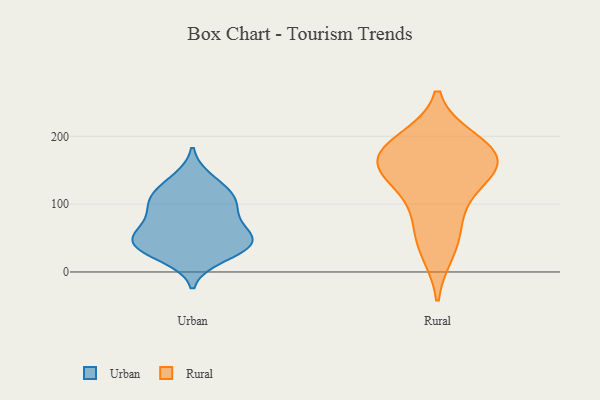
{"axis": {"x": "Population (Million)", "y": "Value"}, "legend": ["Rural", "Urban"], "data": [{"x": "", "y": 40, "type": "Urban"}, {"x": "", "y": 104, "type": "Urban"}, {"x": "", "y": 22, "type": "Urban"}, {"x": "", "y": 121, "type": "Urban"}, {"x": "", "y": 53, "type": "Urban"}, {"x": "", "y": 137, "type": "Urban"}, {"x": "", "y": 42, "type": "Urban"}, {"x": "", "y": 91, "type": "Urban"}, {"x": "", "y": 63, "type": "Urban"}, {"x": "", "y": 36, "type": "Urban"}, {"x": "", "y": 92, "type": "Urban"}, {"x": "", "y": 59, "type": "Urban"}, {"x": "", "y": 37, "type": "Urban"}, {"x": "", "y": 112, "type": "Urban"}, {"x": "", "y": 176, "type": "Rural"}, {"x": "", "y": 31, "type": "Rural"}, {"x": "", "y": 60, "type": "Rural"}, {"x": "", "y": 193, "type": "Rural"}, {"x": "", "y": 150, "type": "Rural"}, {"x": "", "y": 141, "type": "Rural"}, {"x": "", "y": 154, "type": "Rural"}, {"x": "", "y": 98, "type": "Rural"}, {"x": "", "y": 165, "type": "Rural"}, {"x": "", "y": 184, "type": "Rural"}]}